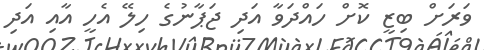
ވަރަށް ބިޒީ ކޮށް ހައްދަވާ އަދި ޖަޕާނުގެ ހިލޭ އެހީ އާއި އަދި